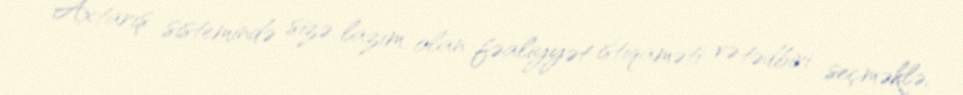
Axtarış sistemində sizə lazım olan fəaliyyət istiqaməti və tədbiri seçməklə,